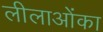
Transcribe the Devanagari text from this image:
लीलाओंका